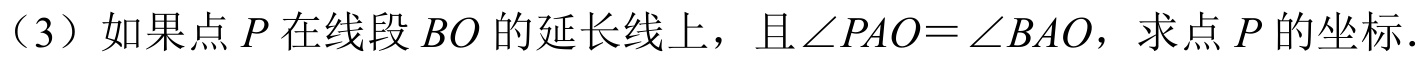
（3）如果点$P$在线段$BO$的延长线上，且$\angle PAO=\angle BAO$，求点$P$的坐标.